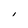
Character: I